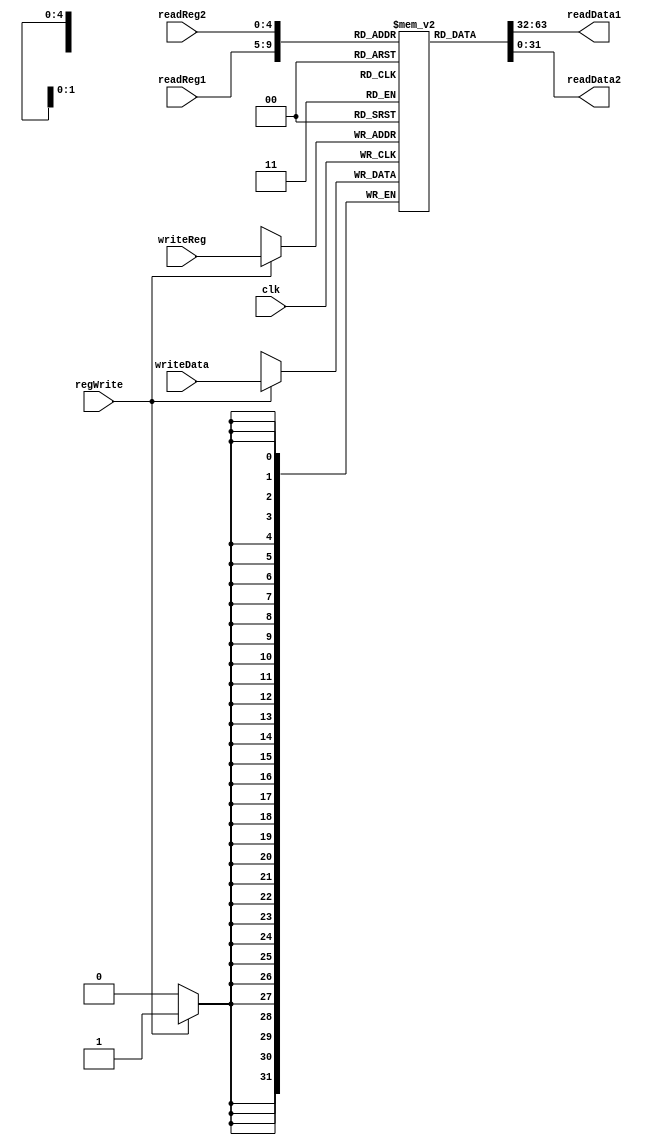
`timescale 1ns / 1ps
//////////////////////////////////////////////////////////////////////////////////
// Company: 
// Engineer: 
// 
// Design Name: 
// Module Name: Registers
// Project Name: 
// Target Devices: 
// Tool Versions: 
// Description: 
// 
// Dependencies: 
// 
// Revision:
// Revision 0.01 - File Created
// Additional Comments:
// 
//////////////////////////////////////////////////////////////////////////////////


module Registers(
    input [25:21] readReg1,
    input [20:16] readReg2,
    input [4:0] writeReg,
    input [31:0] writeData,
    input regWrite,
    input clk,
    output reg [31:0] readData1,
    output reg [31:0] readData2
    );
    reg [31:0] regFile [31:0];
    always @ (readReg1 or readReg2)
    begin
        readData1=regFile[readReg1];
        readData2=regFile[readReg2];
    end
    always @ (negedge clk)
    begin
        if(regWrite)
            regFile[writeReg]=writeData;
        end
endmodule